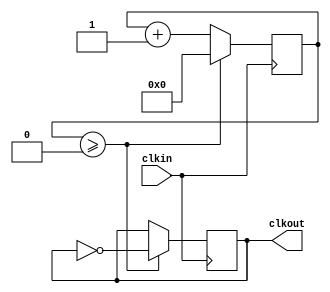
`timescale 1ns / 1ps
//////////////////////////////////////////////////////////////////////////////////
// Module Name: xup_clk_divider
//////////////////////////////////////////////////////////////////////////////////
module xup_clk_divider #(parameter SIZE = 2)(
    input clkin,
    output reg clkout
    );
    
    reg [31:0] count = 0;
    reg [31:0] N = SIZE/2-1;
    initial clkout = 0;

    always @(posedge clkin) begin
        if(count >= N)begin
            count <= 0;
            clkout <= ~clkout;
        end
        else begin
            count <= count + 1;
        end
    end

endmodule